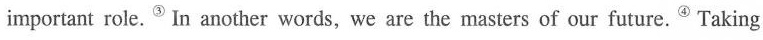
important role.③In another words, we are the masters of our future.④Taking